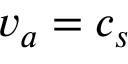
v _ { a } = c _ { s }